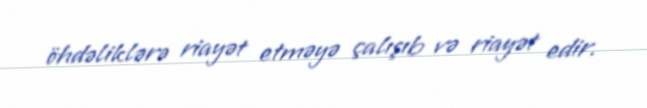
öhdəliklərə riayət etməyə çalışıb və riayət edir.